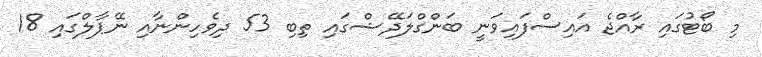
މި ބޯޓުގައި ރާއްޖެ އައިސްފައިވަނީ ބަންގްލަދޭޝްގައި ތިބި 53 ދިވެހިންނާއި ނޭޕާލްގައި 18